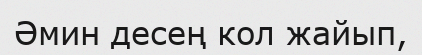
Әмин десең кол жайып,